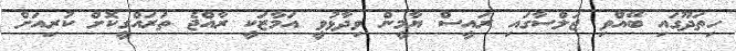
ހިތަދޫގައި ބޭއްވި ޖަލްސާގައި ރައީސް ޔާމީން ވިދާޅުވީ އަމާޒަކީ ރާއްޖެ ތަރައްގީކޮށް ކުރިއަށް